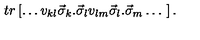
t r \left[ \ldots v _ { k l } \vec { \sigma } _ { k } . \vec { \sigma } _ { l } v _ { l m } \vec { \sigma } _ { l } . \vec { \sigma } _ { m } \ldots \ \right] .